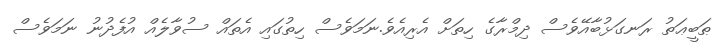
ޠަބީޢަތު ރަނގަޅުބާާއޭވެސް ދިމްރާގެ ހިިތަށް އެރިއެވެ.ނަމަވެސް ހިތުގައި އެތައް ސުވާލެއް އުފެދުނު ނަމަވެސް